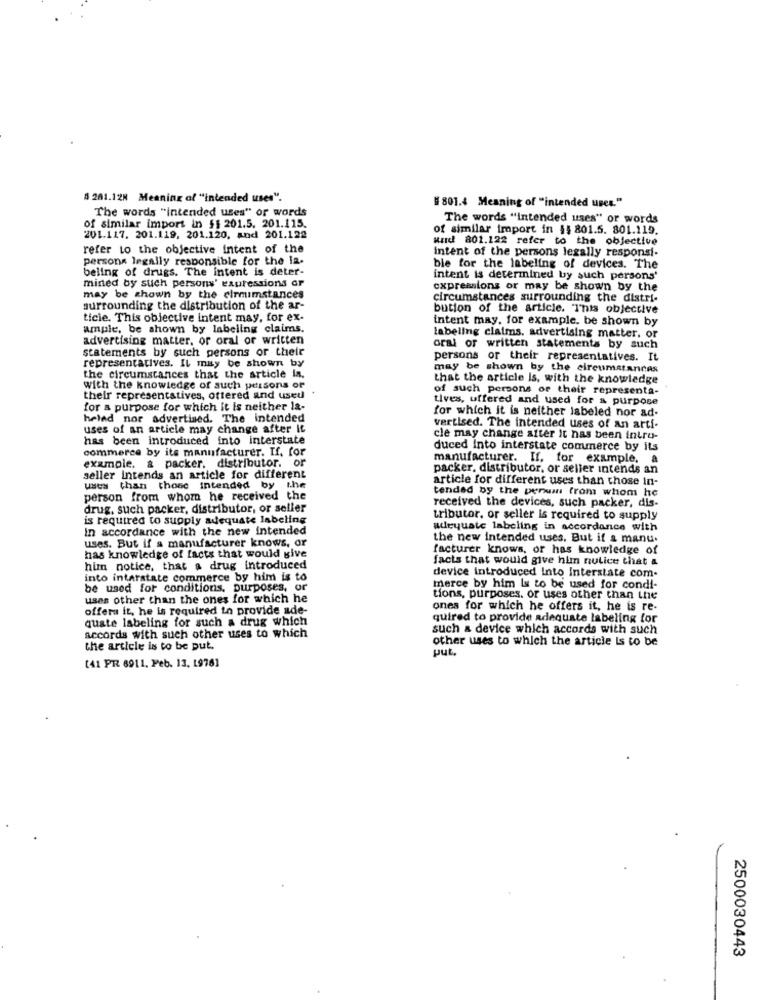
§ 201.128 Meaning of "intended uses".
#801.4 Meaning of "intended uses."
The words "intended uses" or words
The words "intended uses" or words
of similar import in $$ 201.5. 201.115.
of similar import in $5 801.5. 801.119.
201.117. 201.119, 201.120, and 201.122
wird 801.122 refer to the objective
refer to the objective intent of the
intent of the persons legally responsi-
persons legally responsible for the la.
beling of drugs. The intent is deter-
bie for the labeling of devices. The
mined by such persons' expressions or
intent is determined by such persons'
expressions or may be shown by the
may be shown by the clrmimstances
circumstances surrounding the distri-
surrounding the distribution of the ar-
bution of the article. This objective
ticie. This objective intent may, for ex-
intent may, for example. be shown by
ample, be shown by labeling claims.
advertising matter, or oral or written
labeling claims. advertising matter. or
statements by such persons or their
oral or written statements by such
representatives. It may be shown by
persons or their representatives. It
may be shown by the circumstances
the circumstances that the article in.
that the article Is, with the knowledge
with the knowledge of such persons of
of such persons or their representa-
their representatives, ottered and used
tives, uffered and used for a purpose
for a purpose for which it is neither la-
for which it is neither labeled nor ad-
helad nor advertised. The intended
uses of an article may change after It
vertised. The intended uses of an arti-
has been introduced into interstate
cle may change after it has been intro-
commerce by its manufacturer. If. for
duced Into interstate commerce by its
example. & packer. distributor. or
manufacturer. If, for example,
packer, distributor, or seller intends an
seller intends an article for different
article for different uses than those In-
uses than those intended by the
tended by the penum from whom he
person from whom he received the
drug. such packer, distributor, or seller
received the devices, such packer, dis-
is required to supply adequate labeling
tributor, or seller is required to supply
In accordance with the new intended
adequate labeling in accordance with
uses. But if a manufacturer knows, or
the new intended uses. But if a manu.
facturer knows, or has knowledge of
has knowledge of facts that would give
facts that would give him nulice that &
him notice, that a drug introduced
device introduced Into Interstate com.
into interstate commerce by him is to
be used for conditions. purposes, or
merce by him Is to be used for condi-
uses other than the ones for which he
tions, purposes. or uses other than the
offers it, he is required in provide ade-
ones for which he offers it, he is re-
quate labeling for such a drug which
quired to provide adequate labeling for
accords with such other uses to which
such a device which accords with such
other uses to which the article Is to be
the article is to be put.
put.
(41 PR 6911. Feb. 13. 1976]
2500030443